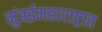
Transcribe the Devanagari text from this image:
मुंबईमहाराष्ट्रात